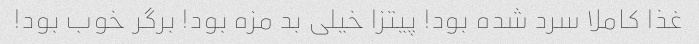
غذا کاملا سرد شده بود! پیتزا خیلی بد مزه بود! برگر خوب بود!